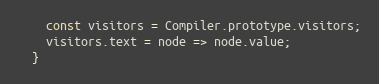
Language: JavaScript
    const visitors = Compiler.prototype.visitors;
    visitors.text = node => node.value;
  }